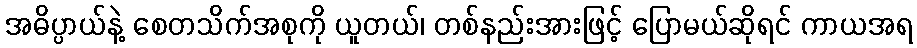
အဓိပ္ပာယ်နဲ့ စေတသိက်အစုကို ယူတယ်၊ တစ်နည်းအားဖြင့် ပြောမယ်ဆိုရင် ကာယအရ